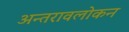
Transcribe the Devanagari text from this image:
अन्तरावलोकन